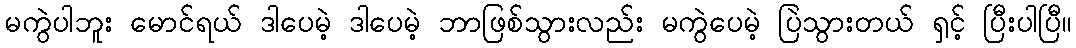
မကွဲပါဘူး မောင်ရယ် ဒါပေမဲ့ ဒါပေမဲ့ ဘာဖြစ်သွားလည်း မကွဲပေမဲ့ ပြဲသွားတယ် ရှင့် ပြီးပါပြီ။